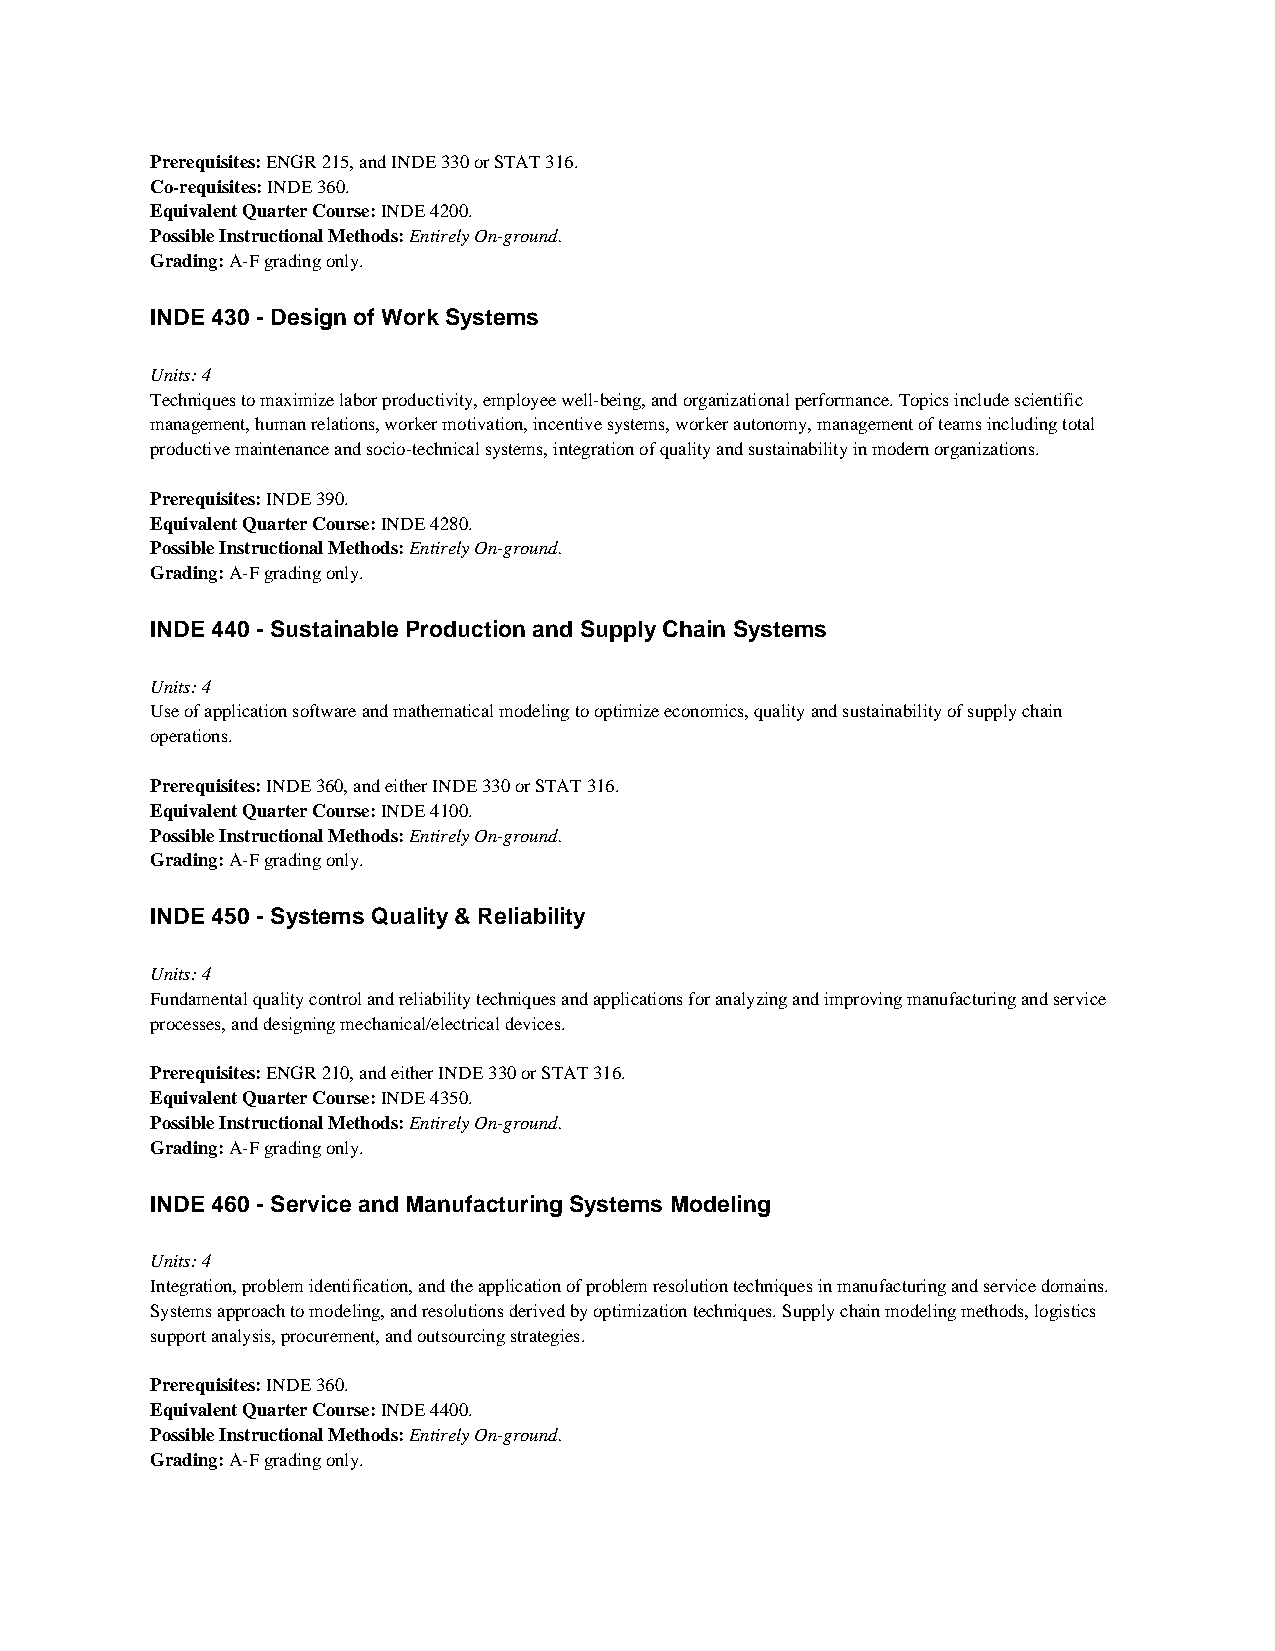
Prerequisites: ENGR 215, and INDE 330 or STAT 316.
 Co-requisites: INDE 360.
 Equivalent Quarter Course: INDE 4200.
 Possible Instructional Methods: Entirely On-ground.
 Grading: A-F grading only.
 INDE 430 - Design of Work Systems
 Units: 4
 Techniques to maximize labor productivity, employee well-being, and organizational performance. Topics include scientific
 management, human relations, worker motivation, incentive systems, worker autonomy, management of teams including total
 productive maintenance and socio-technical systems, integration of quality and sustainability in modern organizations.
 Prerequisites: INDE 390.
 Equivalent Quarter Course: INDE 4280.
 Possible Instructional Methods: Entirely On-ground.
 Grading: A-F grading only.
 INDE 440 - Sustainable Production and Supply Chain Systems
 Units: 4
 Use of application software and mathematical modeling to optimize economics, quality and sustainability of supply chain
 operations.
 Prerequisites: INDE 360, and either INDE 330 or STAT 316.
 Equivalent Quarter Course: INDE 4100.
 Possible Instructional Methods: Entirely On-ground.
 Grading: A-F grading only.
 INDE 450 - Systems Quality & Reliability
 Units: 4
 Fundamental quality control and reliability techniques and applications for analyzing and improving manufacturing and service
 processes, and designing mechanical/electrical devices.
 Prerequisites: ENGR 210, and either INDE 330 or STAT 316.
 Equivalent Quarter Course: INDE 4350.
 Possible Instructional Methods: Entirely On-ground.
 Grading: A-F grading only.
 INDE 460 - Service and Manufacturing Systems Modeling
 Units: 4
 Integration, problem identification, and the application of problem resolution techniques in manufacturing and service domains.
 Systems approach to modeling, and resolutions derived by optimization techniques. Supply chain modeling methods, logistics
 support analysis, procurement, and outsourcing strategies.
 Prerequisites: INDE 360.
 Equivalent Quarter Course: INDE 4400.
 Possible Instructional Methods: Entirely On-ground.
 Grading: A-F grading only.